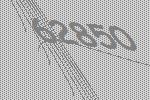
62850